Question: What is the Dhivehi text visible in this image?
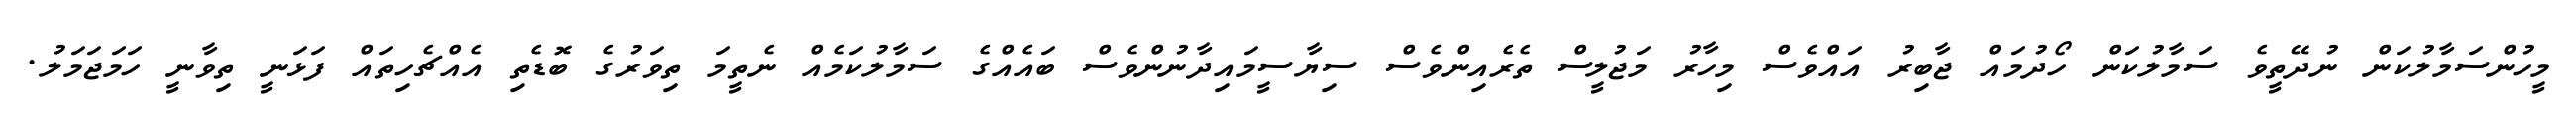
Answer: މީހުންސަމާލުކަން ނުދޭތީވެ ސަމާލުކަން ހޯދުމައް ޖާބިރު އައްވެސް މިހާރު މަޖުލީސް ތެރެއިންވެސް ސިޔާސީމައިދާނުންވެސް ބައެއްގެ ސަމާލުކަމެއް ނެތީމަ ތިވަރުގެ ބޮޑެތި އެއްޗެހިތައް ފަޅަނީ ތިވާނީ ހަމަޖަމަލު.